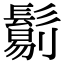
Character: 𩮜